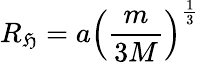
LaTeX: R_{\mathfrak{H}}=a\left({\frac{{m}}{{3M}}}\right)^{\frac{{1}}{{3}}}